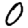
Digit: 0